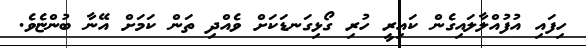
ހިފައި އުފުއްލާލައިގެން ކައިރީ ހުރި ގޯޅިގަނޑަކަށް ވެއްދި ތަން ކަމަށް އޭނާ ބުންޏެވެ.